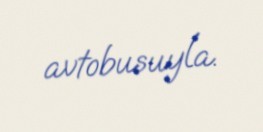
avtobusuyla.